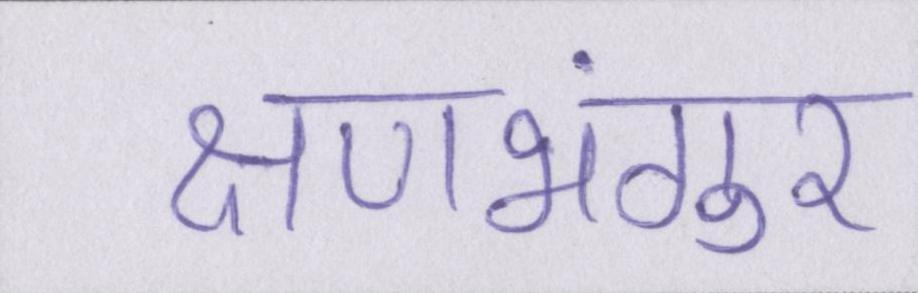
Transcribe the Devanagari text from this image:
क्षणभंगुर